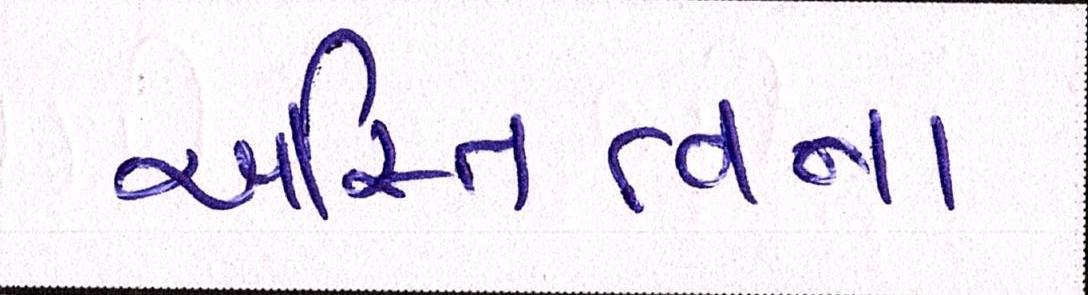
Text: અસ્તિત્વના